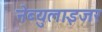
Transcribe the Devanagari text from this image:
नेब्युलाइजर